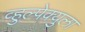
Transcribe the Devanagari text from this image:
व्हुल्पेक्युला